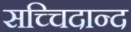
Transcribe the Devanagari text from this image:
सच्चिदान्द